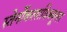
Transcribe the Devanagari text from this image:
स्तेर्नोकलाविक्यूलर